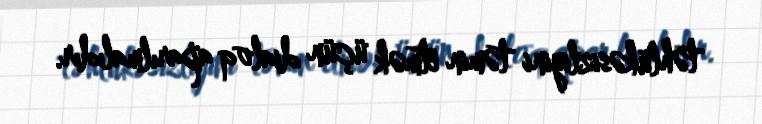
təhlükəsizliyini təmin etmək üçün dialoq aparılmalıdır.